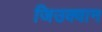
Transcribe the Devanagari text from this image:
जिउक्वान